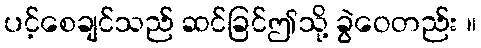
ပင့်စေချင်သည် ဆင်ခြင်ဤသို့ ခွဲဝေတည်း ။